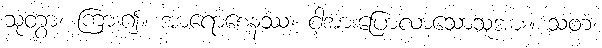
သုတွာ၊ ကြား၍။ အာရောစေနဿ၊ ငါ့အားပြောလာသောသူအား။ သတံ၊